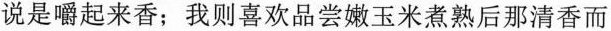
说是嚼起来香;我则喜欢品尝嫩玉米煮熟后那清香而